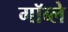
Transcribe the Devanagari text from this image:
गॉब्ले